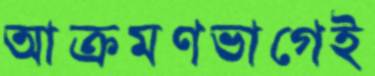
আক্রমণভাগেই